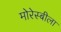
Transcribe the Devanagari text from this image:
मोरेस्बीला